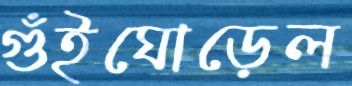
গুঁইঘোড়েল